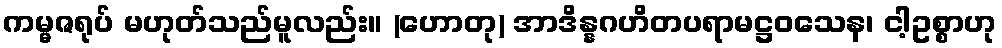
ကမ္မဇရုပ် မဟုတ်သည်မူလည်း။ (ဟောတု) အာဒိန္နဂဟိတပရာမဋ္ဌဝသေန၊ ငါ့ဥစ္စာဟု